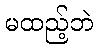
မထည့်ဘဲ